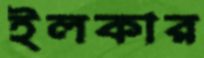
ইলকার